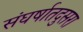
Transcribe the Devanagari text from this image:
संघर्षातदुसरा